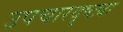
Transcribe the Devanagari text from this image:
उपचारदृष्ट्या